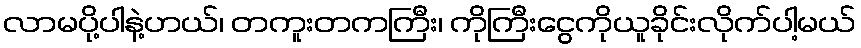
လာမပို့ပါနဲ့ဟယ်၊ တကူးတကကြီး၊ ကိုကြီးငွေကိုယူခိုင်းလိုက်ပါ့မယ်